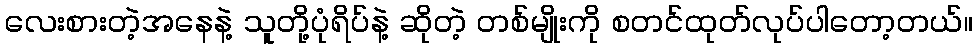
လေးစားတဲ့အနေနဲ့ သူတို့ပုံရိပ်နဲ့ ဆိုတဲ့ တစ်မျိုးကို စတင်ထုတ်လုပ်ပါတော့တယ်။